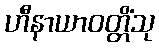
ဟီနာယာဝတ္တိံသု